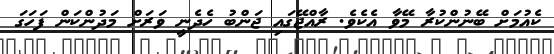
ކެއުމަށް ބޭނުންކުރާ މޭވާ އެކެވެ. ރާއްޖޭގައި ޖަންބު ހެދެނީ ވަރަށް މަދުންކަން ފަހަގަ